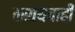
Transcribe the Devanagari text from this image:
करायचाही